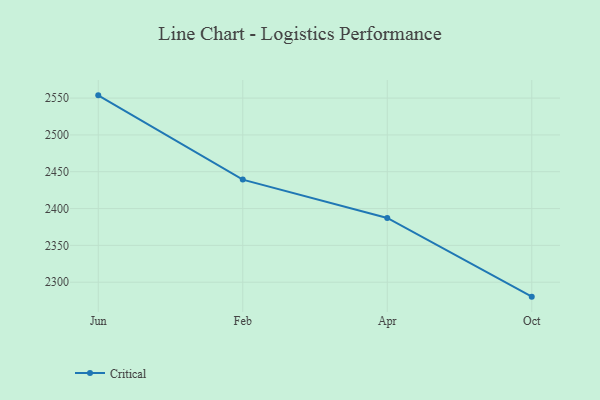
{"axis": {"x": "Month", "y": "Production Output"}, "legend": ["Critical"], "data": [{"x": "Jun", "y": 2553.7, "type": "Critical"}, {"x": "Feb", "y": 2439.3, "type": "Critical"}, {"x": "Apr", "y": 2387.3, "type": "Critical"}, {"x": "Oct", "y": 2280.4, "type": "Critical"}]}